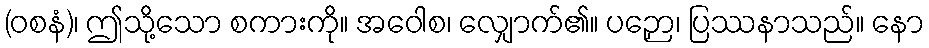
(ဝစနံ)၊ ဤသို့သော စကားကို။ အဝေါစ၊ လျှောက်၏။ ပဉှော၊ ပြဿနာသည်။ နော